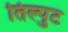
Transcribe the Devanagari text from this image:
तिल्पुट